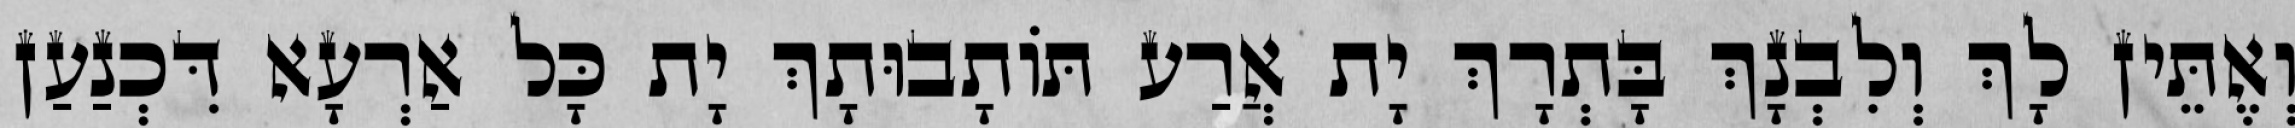
וְאֶתֵּין לָךְ וְלִבְנָךְ בָּתְרָךְ יָת אֲרַע תּוֹתָבוּתָךְ יָת כָּל אַרְעָא דִּכְנַעַן